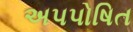
અપપોષિત